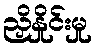
ညှိနှိုင်းမှု